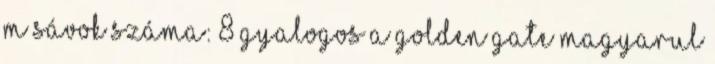
m Sávok száma: 8 gyalogos A Golden Gate magyarul